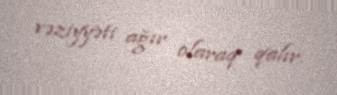
vəziyyəti ağır olaraq qalır.